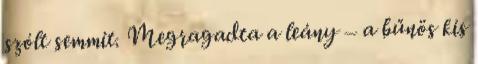
szólt semmit. Megragadta a leány – a bűnös kis